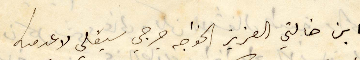
ابن خالتي العزيز الخواجه جرجي سيقلي لاعرميه